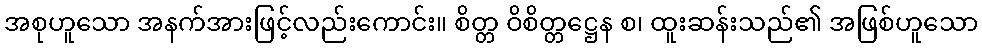
အစုဟူသော အနက်အားဖြင့်လည်းကောင်း။ စိတ္တ ဝိစိတ္တဋ္ဌေန စ၊ ထူးဆန်းသည်၏ အဖြစ်ဟူသော